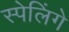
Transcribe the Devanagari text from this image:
स्पेलिंगे